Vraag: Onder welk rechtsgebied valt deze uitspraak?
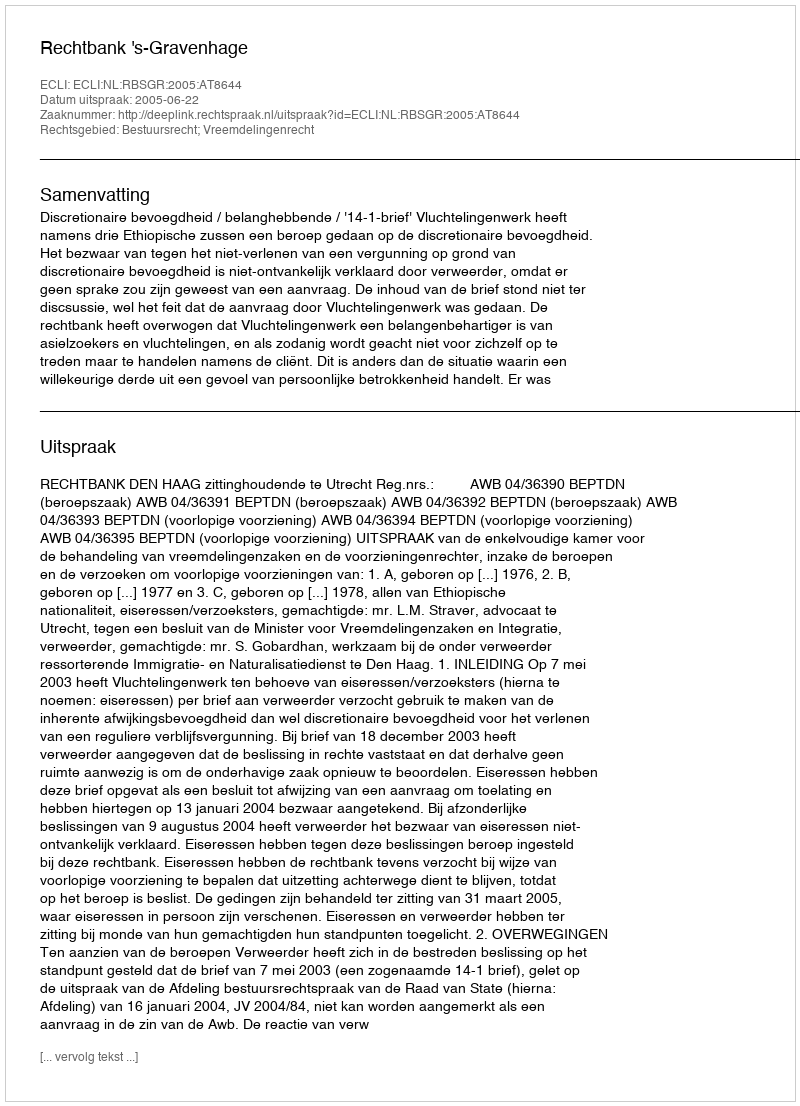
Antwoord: Bestuursrecht; Vreemdelingenrecht